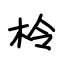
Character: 柃